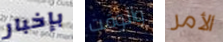
بإخبار والوقت الأمر